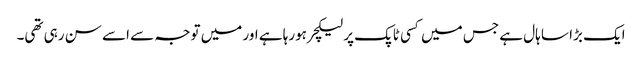
ایک بڑا سا ہال ہے جس میں‌ کسی ٹاپک پر لیکچر ہورہا ہے اور میں‌ توجہ سے اسے سن رہی تھی۔